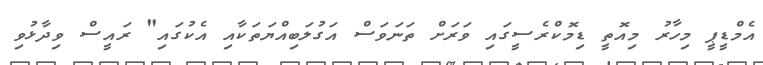
އެމްޑީޕީ މިހާރު މިއޮތީ ޑިމޮކްރެސީގައި ވަރަށް ތަނަވަސް އަގުލަބިއްޔަތަކާއި އެކުގައި" ރައީސް ވިދާޅުވި